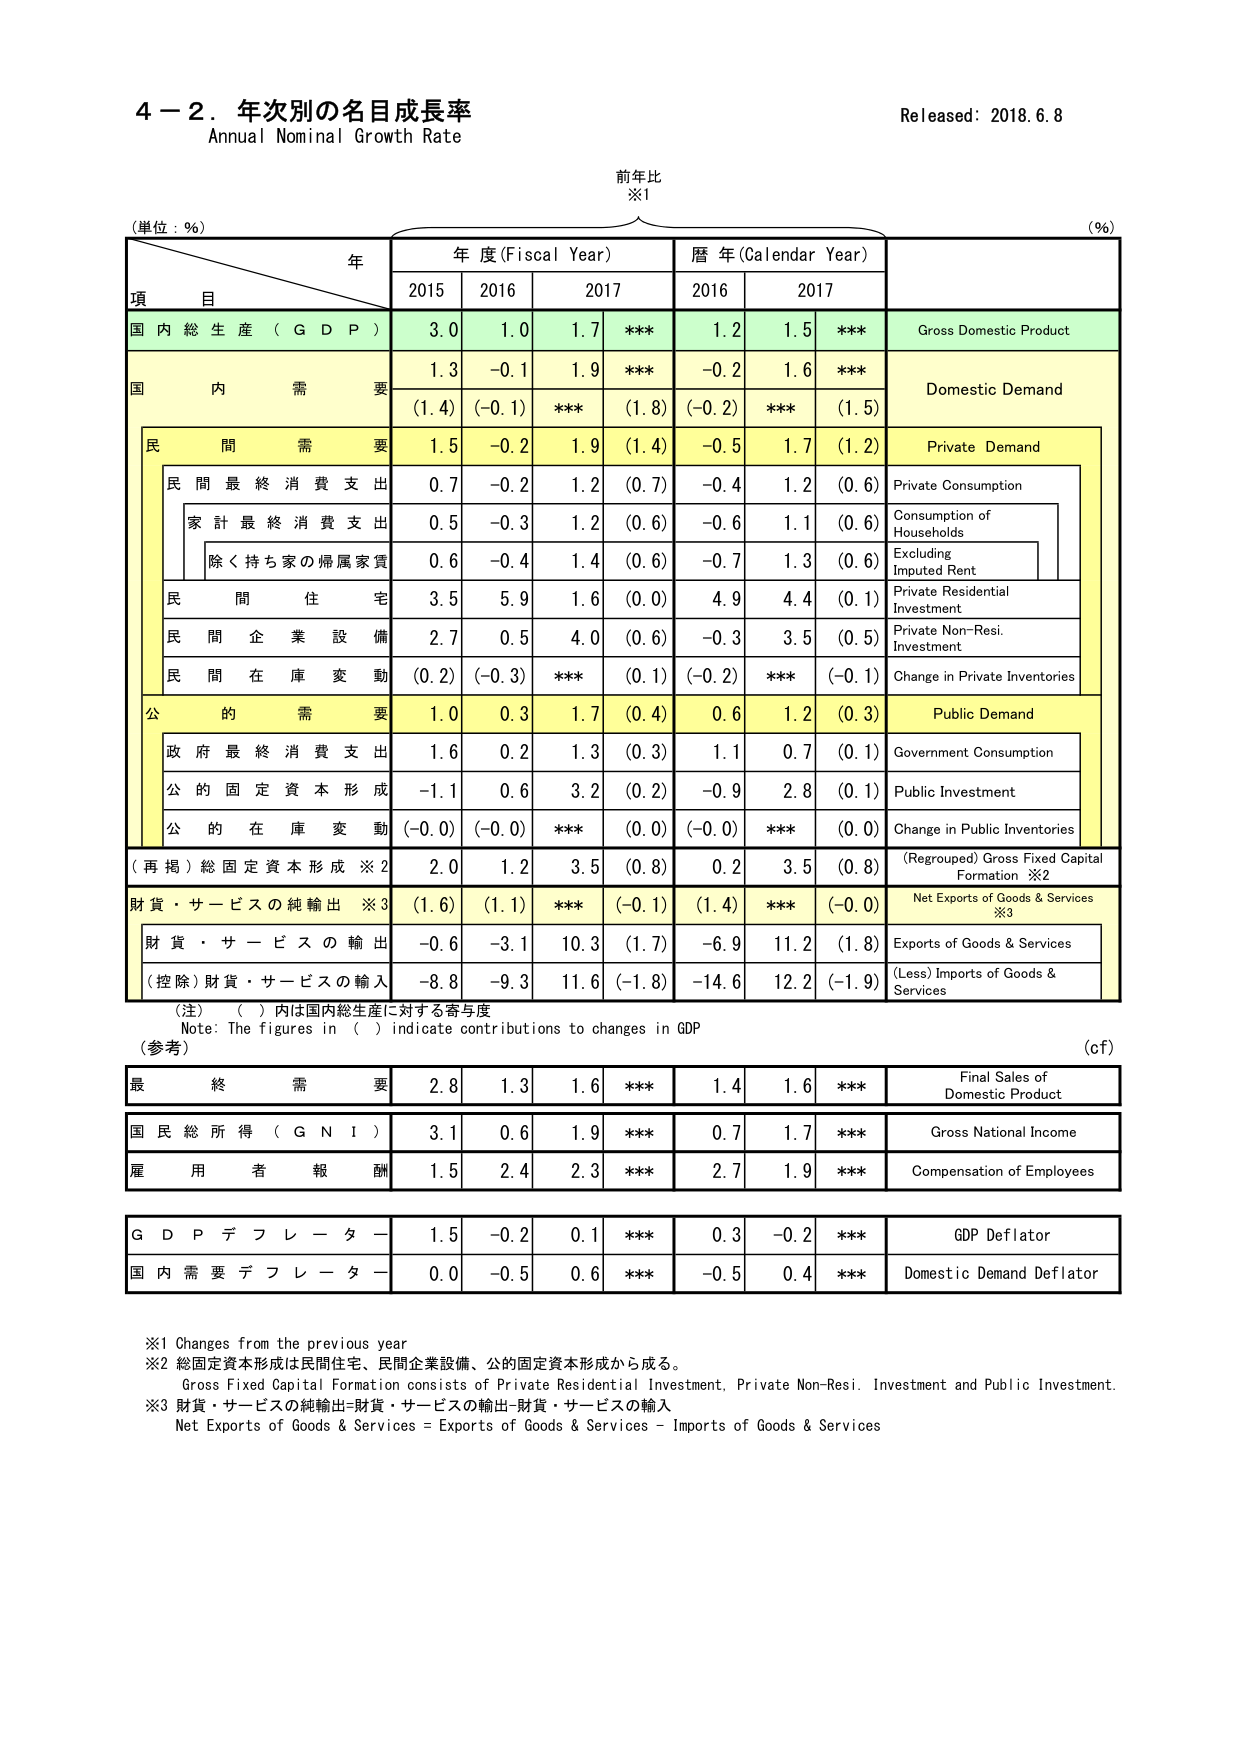
4－2．年次別の名目成長率
Annual Nominal Growth Rate
Released: 2018.6.8

前年比
※1

(単位：％)
年
年度(Fiscal Year)
暦年(Calender Year)
(％)

項　目
2015
2016
2017
2016
2017

国内総生産（GDP）
3.0
1.0
1.7
***
1.2
1.5
***
Gross Domestic Product

国内需要
1.3
-0.1
1.9
***
-0.2
1.6
***
Domestic Demand
(1.4)
(-0.1)
***
(1.8)
(-0.2)
***
(1.5)

民間需要
1.5
-0.2
1.9
(1.4)
-0.5
1.7
(1.2)
Private Demand

民間最終消費支出
0.7
-0.2
1.2
(0.7)
-0.4
1.2
(0.6)
Private Consumption

家計最終消費支出
0.5
-0.3
1.2
(0.6)
-0.6
1.1
(0.6)
Consumption of Households

除く持ち家の帰属家賃
0.6
-0.4
1.4
(0.6)
-0.7
1.3
(0.6)
Excluding Imputed Rent

民間住宅
3.5
5.9
1.6
(0.0)
4.9
4.4
(0.1)
Private Residential Investment

民間企業設備
2.7
0.5
4.0
(0.6)
-0.3
3.5
(0.5)
Private Non-Resi. Investment

民間在庫変動
(0.2)
(-0.3)
***
(0.1)
(-0.2)
***
(-0.1)
Change in Private Inventories

公的需要
1.0
0.3
1.7
(0.4)
0.6
1.2
(0.3)
Public Demand

政府最終消費支出
1.6
0.2
1.3
(0.3)
1.1
0.7
(0.1)
Government Consumption

公的固定資本形成
-1.1
0.6
3.2
(0.2)
-0.9
2.8
(0.1)
Public Investment

公的在庫変動
(-0.0)
(-0.0)
***
(0.0)
(-0.0)
***
(0.0)
Change in Public Inventories

（再掲）総固定資本形成 ※2
2.0
1.2
3.5
(0.8)
0.2
3.5
(0.8)
（Regrouped）Gross Fixed Capital Formation ※2

財貨・サービスの純輸出 ※3
(1.6)
(1.1)
***
(-0.1)
(1.4)
***
(-0.0)
Net Exports of Goods & Services ※3

財貨・サービスの輸出
-0.6
-3.1
10.3
(1.7)
-6.9
11.2
(1.8)
Exports of Goods & Services

（控除）財貨・サービスの輸入
-8.8
-9.3
11.6
(-1.8)
-14.6
12.2
(-1.9)
(Less) Imports of Goods & Services

（注）（ ）内は国内総生産に対する寄与度
Note: The figures in ( ) indicate contributions to changes in GDP
（参考）
(cf)

最終需要
2.8
1.3
1.6
***
1.4
1.6
***
Final Sales of Domestic Product

国民総所得（GNI）
3.1
0.6
1.9
***
0.7
1.7
***
Gross National Income

雇用者報酬
1.5
2.4
2.3
***
2.7
1.9
***
Compensation of Employees

GDPデフレーター
1.5
-0.2
0.1
***
0.3
-0.2
***
GDP Deflator

国内需要デフレーター
0.0
-0.5
0.6
***
-0.5
0.4
***
Domestic Demand Deflator

※1 Changes from the previous year
※2 総固定資本形成は民間住宅、民間企業設備、公的固定資本形成から成る。
Gross Fixed Capital Formation consists of Private Residential Investment, Private Non-Resi. Investment and Public Investment.
※3 財貨・サービスの純輸出＝財貨・サービスの輸出－財貨・サービスの輸入
Net Exports of Goods & Services = Exports of Goods & Services – Imports of Goods & Services